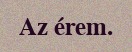
Az érem.